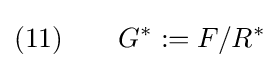
(11)\qquad G^{\ast }:=F/R^{\ast }